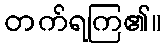
တက်ရကြ၏။